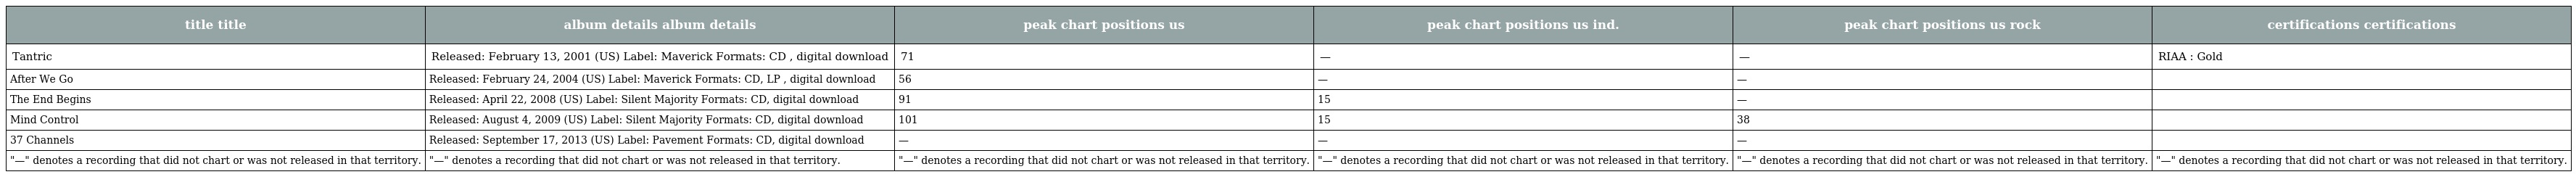
| title title | album details album details | peak chart positions us | peak chart positions us ind. | peak chart positions us rock | certifications certifications |
 | --- | --- | --- | --- | --- | --- |
 | Tantric | Released: February 13, 2001 (US) Label: Maverick Formats: CD , digital download | 71 | — | — | RIAA : Gold |
 | After We Go | Released: February 24, 2004 (US) Label: Maverick Formats: CD, LP , digital download | 56 | — | — |  |
 | The End Begins | Released: April 22, 2008 (US) Label: Silent Majority Formats: CD, digital download | 91 | 15 | — |  |
 | Mind Control | Released: August 4, 2009 (US) Label: Silent Majority Formats: CD, digital download | 101 | 15 | 38 |  |
 | 37 Channels | Released: September 17, 2013 (US) Label: Pavement Formats: CD, digital download | — | — | — |  |
 | "—" denotes a recording that did not chart or was not released in that territory. | "—" denotes a recording that did not chart or was not released in that territory. | "—" denotes a recording that did not chart or was not released in that territory. | "—" denotes a recording that did not chart or was not released in that territory. | "—" denotes a recording that did not chart or was not released in that territory. | "—" denotes a recording that did not chart or was not released in that territory. |